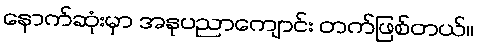
နောက်ဆုံးမှာ အနုပညာကျောင်း တက်ဖြစ်တယ်။